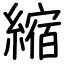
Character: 縮